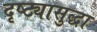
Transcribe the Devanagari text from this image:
दृष्ट्यासुद्धा